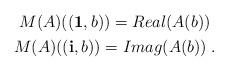
LaTeX: \begin{align*}\begin{gathered}M(A)((\mathbf{1},b))=\mathop{Real}(A(b))\\M(A)((\mathbf{i},b))=\mathop{Imag}(A(b))\;.\end{gathered}\end{align*}